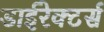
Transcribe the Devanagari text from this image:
डाईरेक्टर्स